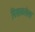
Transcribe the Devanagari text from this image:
पिसाळलेला